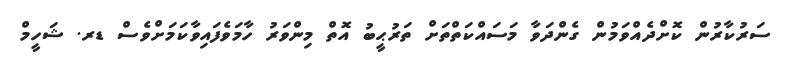
ސަރުކާރުން ކޮށްދެއްވަމުން ގެންދަވާ މަސައްކަތްތަށް ތަރުޙީބު އޮތް މިންވަރު ހާމަވެފައިވާކަމަށްވެސް ޑރ. ޝަހީމް